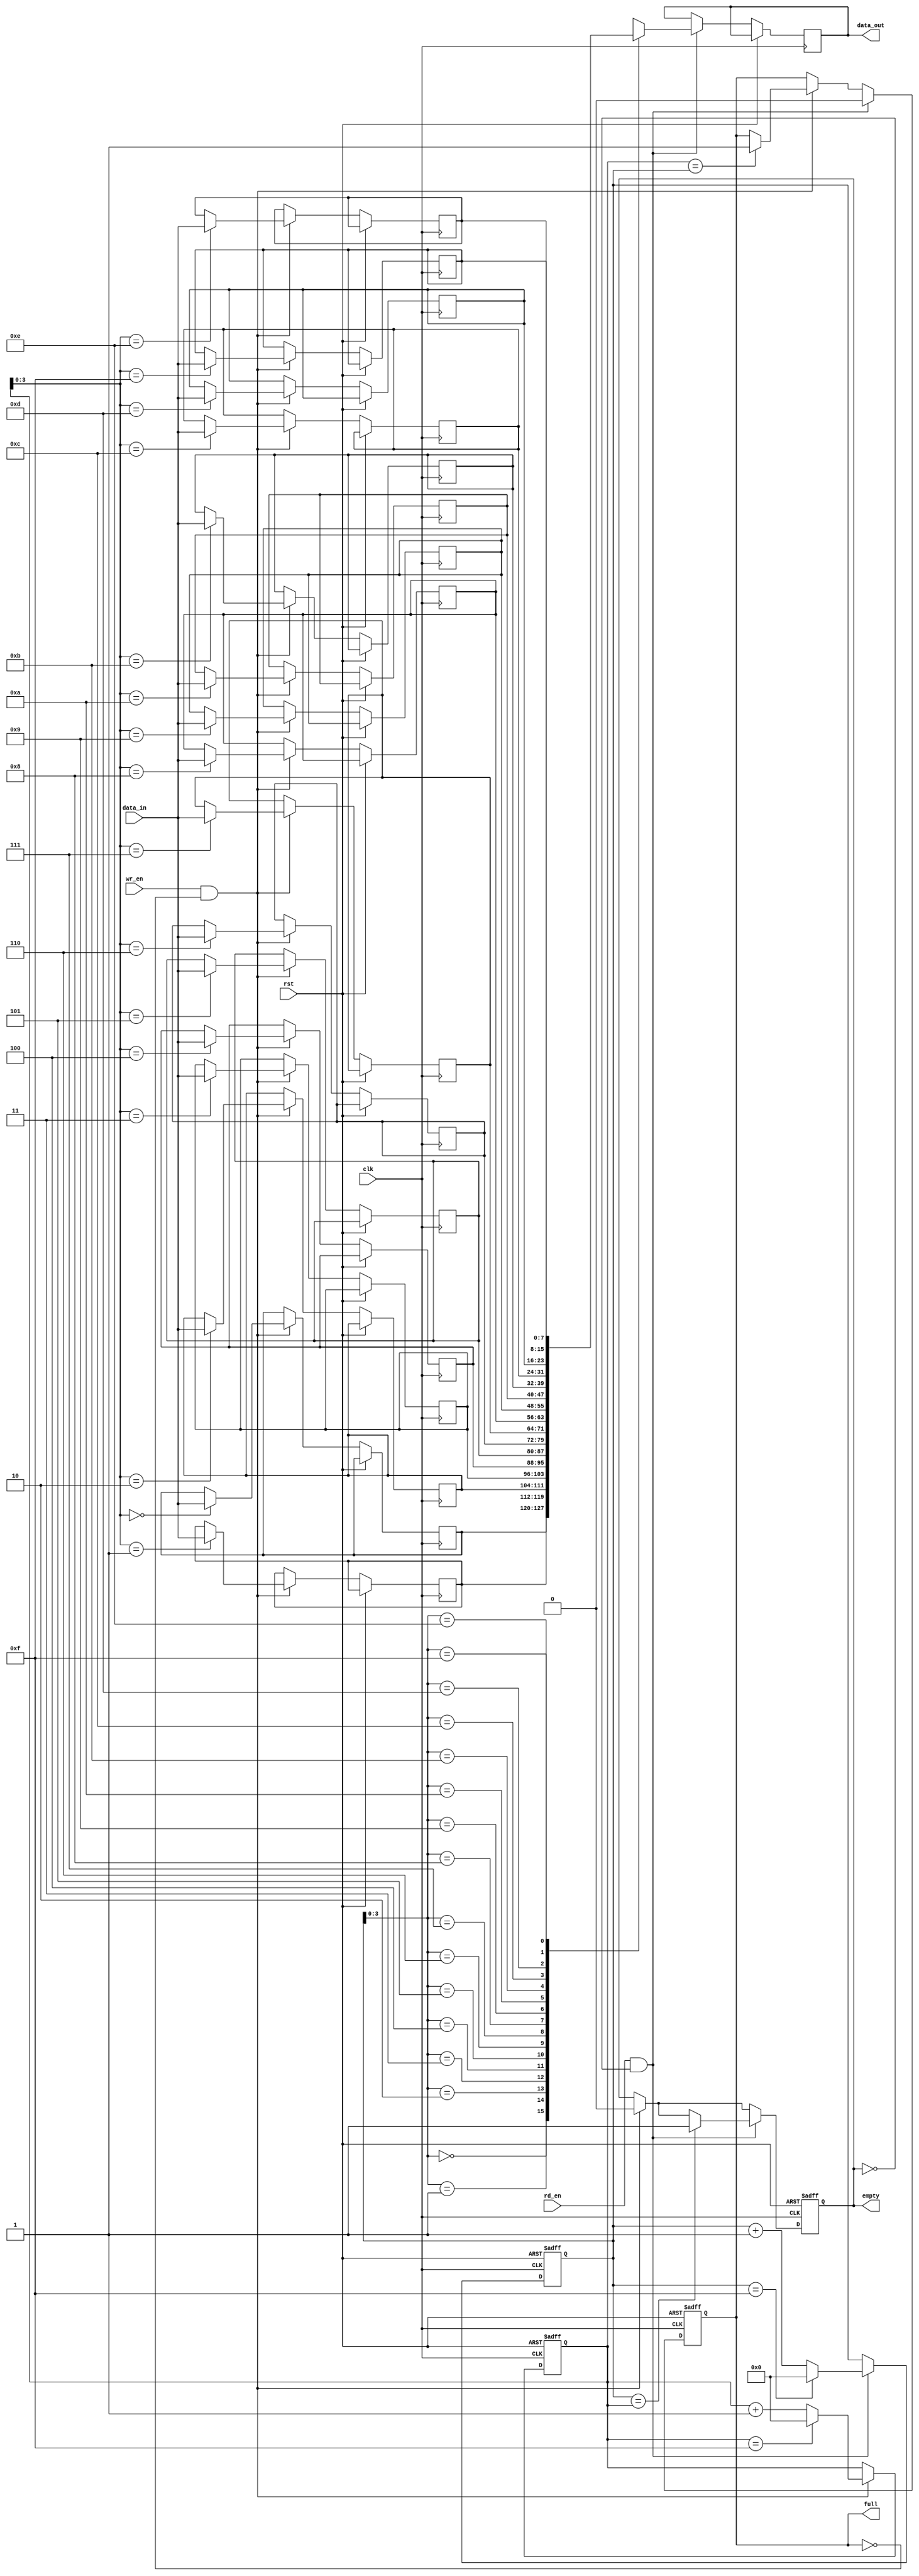
module async_fifo (
    input wire clk,
    input wire rst,
    input wire wr_en,
    input wire rd_en,
    input wire [DATA_WIDTH-1:0] data_in,
    output reg [DATA_WIDTH-1:0] data_out,
    output reg full,
    output reg empty
);

parameter DEPTH = 16; // Depth of the FIFO buffer
parameter DATA_WIDTH = 8; // Width of the data

reg [DATA_WIDTH-1:0] fifo [0:DEPTH-1];
reg [DATA_WIDTH-1:0] read_ptr, write_ptr;

always @(posedge clk or posedge rst) begin
    if (rst) begin
        read_ptr <= 0;
        write_ptr <= 0;
        full <= 0;
        empty <= 1;
    end else begin
        if (wr_en && !full) begin
            fifo[write_ptr] <= data_in;
            write_ptr <= write_ptr + 1;
            if (write_ptr == DEPTH-1)
                write_ptr <= 0;
            empty <= 0;
            if (write_ptr == read_ptr)
                full <= 1;
        end
        
        if (rd_en && !empty) begin
            data_out <= fifo[read_ptr];
            read_ptr <= read_ptr + 1;
            if (read_ptr == DEPTH-1)
                read_ptr <= 0;
            full <= 0;
            if (read_ptr == write_ptr)
                empty <= 1;
        end
    end
end

endmodule